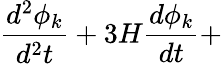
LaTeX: \frac{d^{2}\phi_{k}}{d^{2}t}+3H\frac{d\phi_{k}}{dt}+